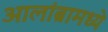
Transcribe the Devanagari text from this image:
आलांब्रामध्ये